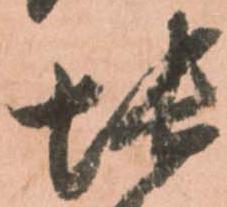
帳